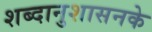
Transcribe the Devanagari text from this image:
शब्दानुशासनके